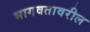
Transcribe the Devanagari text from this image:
भागवतावरील